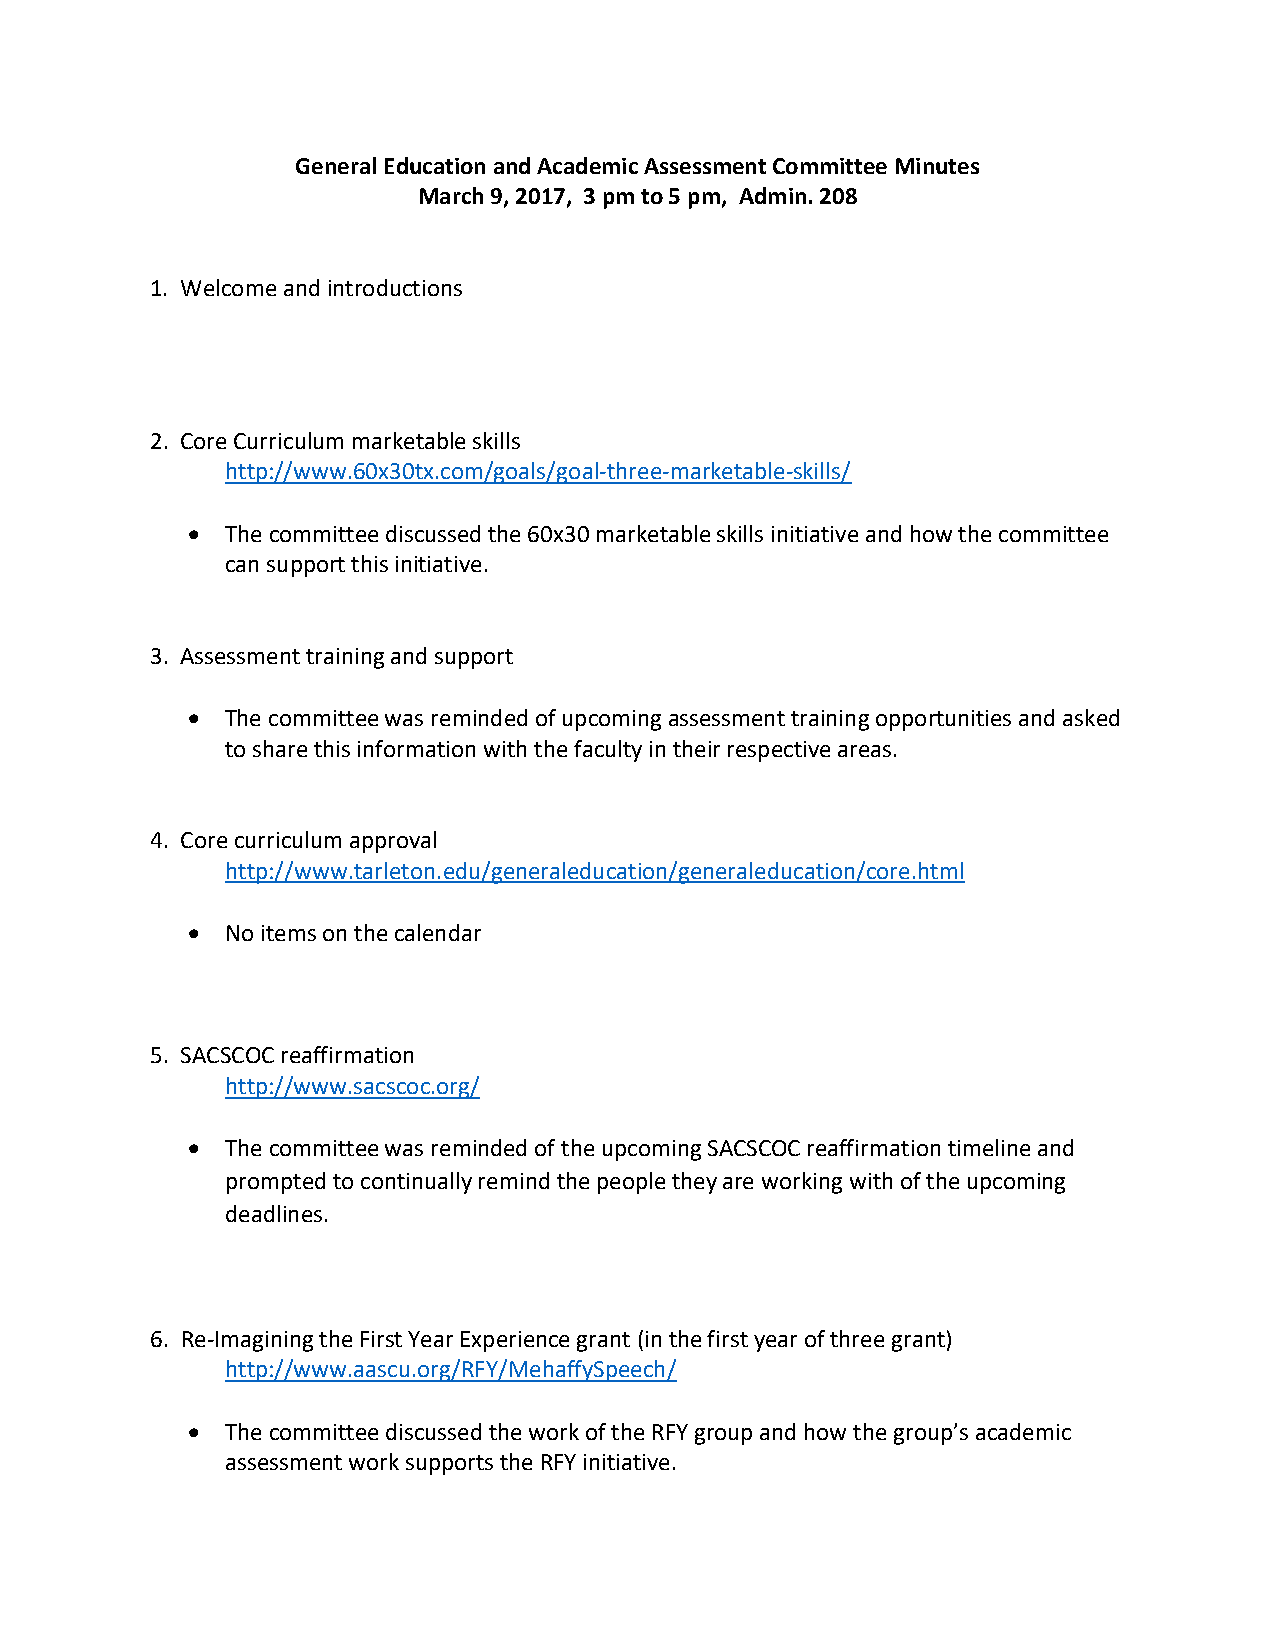
General Education and Academic Assessment Committee Minutes
 March 9, 2017, 3 pm to 5 pm, Admin. 208
 1. Welcome and introductions
 2. Core Curriculum marketable skills
 http://www.60x30tx.com/goals/goal-three-marketable-skills/
 •  The committee discussed the 60x30 marketable skills initiative and how the committee
 can support this initiative.
 3. Assessment training and support
 •  The committee was reminded of upcoming assessment training opportunities and asked
 to share this information with the faculty in their respective areas.
 4. Core curriculum approval
 http://www.tarleton.edu/generaleducation/generaleducation/core.html
 •  No items on the calendar
 5. SACSCOC reaffirmation
 http://www.sacscoc.org/
 •  The committee was reminded of the upcoming SACSCOC reaffirmation timeline and
 prompted to continually remind the people they are working with of the upcoming
 deadlines.
 6. Re-Imagining the First Year Experience grant (in the first year of three grant)
 http://www.aascu.org/RFY/MehaffySpeech/
 •  The committee discussed the work of the RFY group and how the group’s academic
 assessment work supports the RFY initiative.